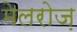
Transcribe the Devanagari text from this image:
मेलरोज़